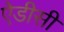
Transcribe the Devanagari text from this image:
ऐडीसी